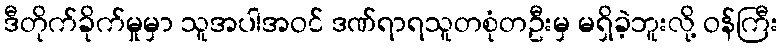
ဒီတိုက်ခိုက်မှုမှာ သူအပါအဝင် ဒဏ်ရာရသူတစုံတဦးမှ မရှိခဲ့ဘူးလို့ ဝန်ကြီး